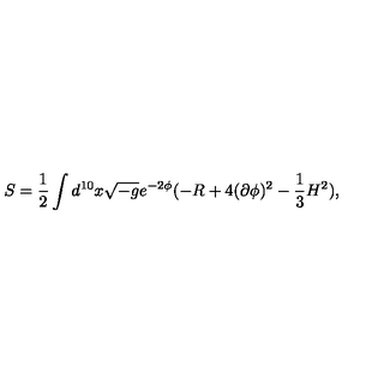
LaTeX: S = \frac { 1 } { 2 } \int d ^ { 1 0 } x \sqrt { - g } e ^ { - 2 \phi } ( - R + 4 ( \partial \phi ) ^ { 2 } - \frac { 1 } { 3 } H ^ { 2 } ) ,